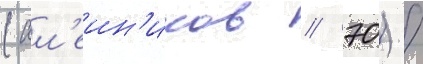
(ал'еин'иков / 70) /